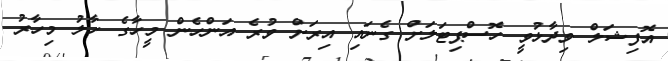
އޮފިޝަލް ވިދާޅުވީ ހޮސްޕިޓަލަށް ގެނައި އިރަށް ވުރެ އަންހެން މީހާގެ ހާލު މިހާރު